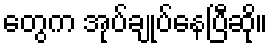
တွေက အုပ်ချုပ်နေပြီဆို။